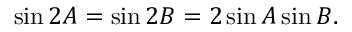
\displaystyle \sin { 2 A } = \sin { 2 B } = 2 \sin { A } \sin { B } .